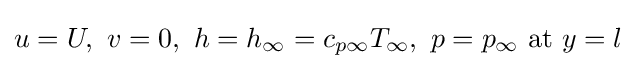
u=U,\ v=0,\ h=h_{\infty }=c_{p\infty }T_{\infty },\ p=p_{\infty }\ {\text{at}}\ y=l